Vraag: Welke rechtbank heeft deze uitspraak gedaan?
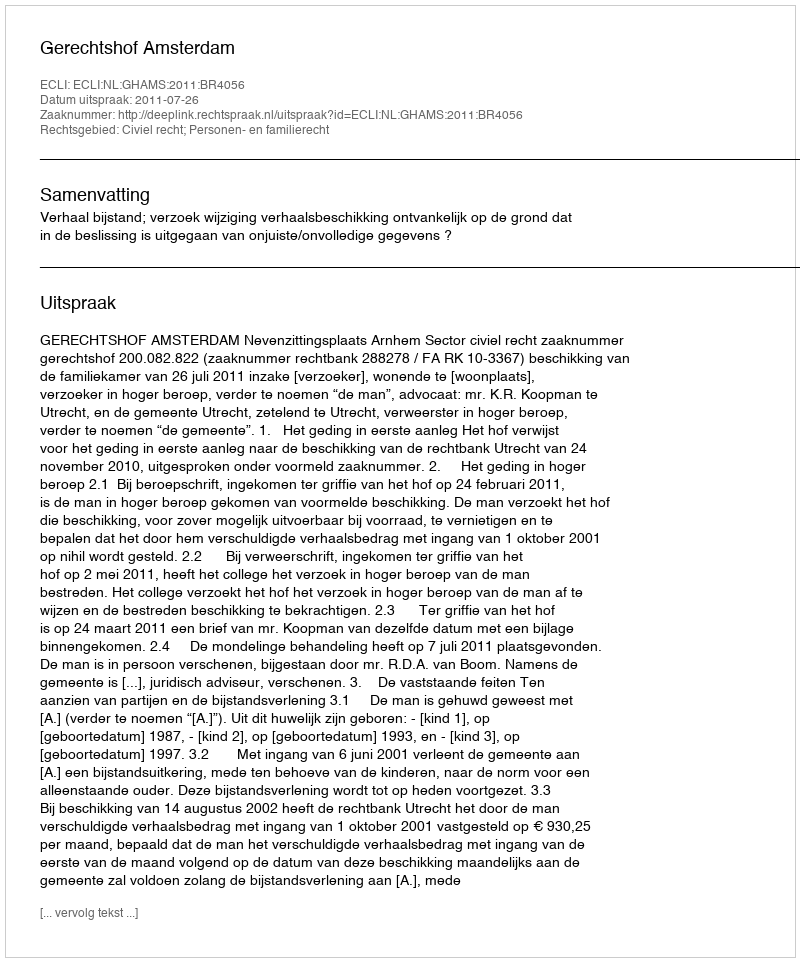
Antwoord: Gerechtshof Amsterdam